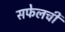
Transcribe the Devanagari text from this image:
सफेलची